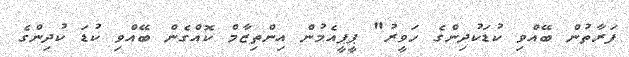
ފަރާތުން ބޭއްވި ކުޑަކުދިންގެ ހަވީރު" ޕީޕީއެމުން އިންތިޒާމް ކޮއްގެން ބޭއްވި ކުޑަ ކުދިންގެ